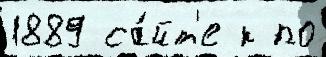
1889 са́йт'е к по